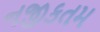
નજીકતમ